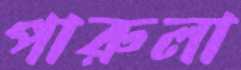
পারুলা